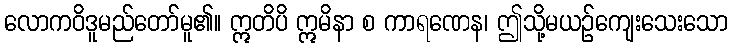
လောကဝိဒူမည်တော်မူ၏။ ဣတိပိ ဣမိနာ စ ကာရဏေန၊ ဤသို့မယဉ်ကျေးသေးသော